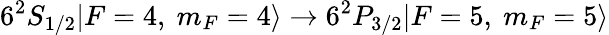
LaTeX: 6^{2}S_{1/2}|F=4,\ m_{F}=4\rangle\rightarrow 6^{2}P_{3/2}|F=5,\ m_{F}=5\rangle